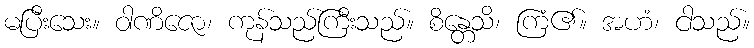
မပြီးသေး။ ဝါဏိဇော၊ ကုန်သည်ကြီးသည်။ စိန္တေသိ၊ ကြံ၏။ အဟံ၊ ငါသည်။